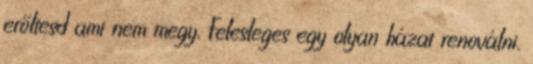
erőltesd ami nem megy. Felesleges egy olyan házat renoválni,